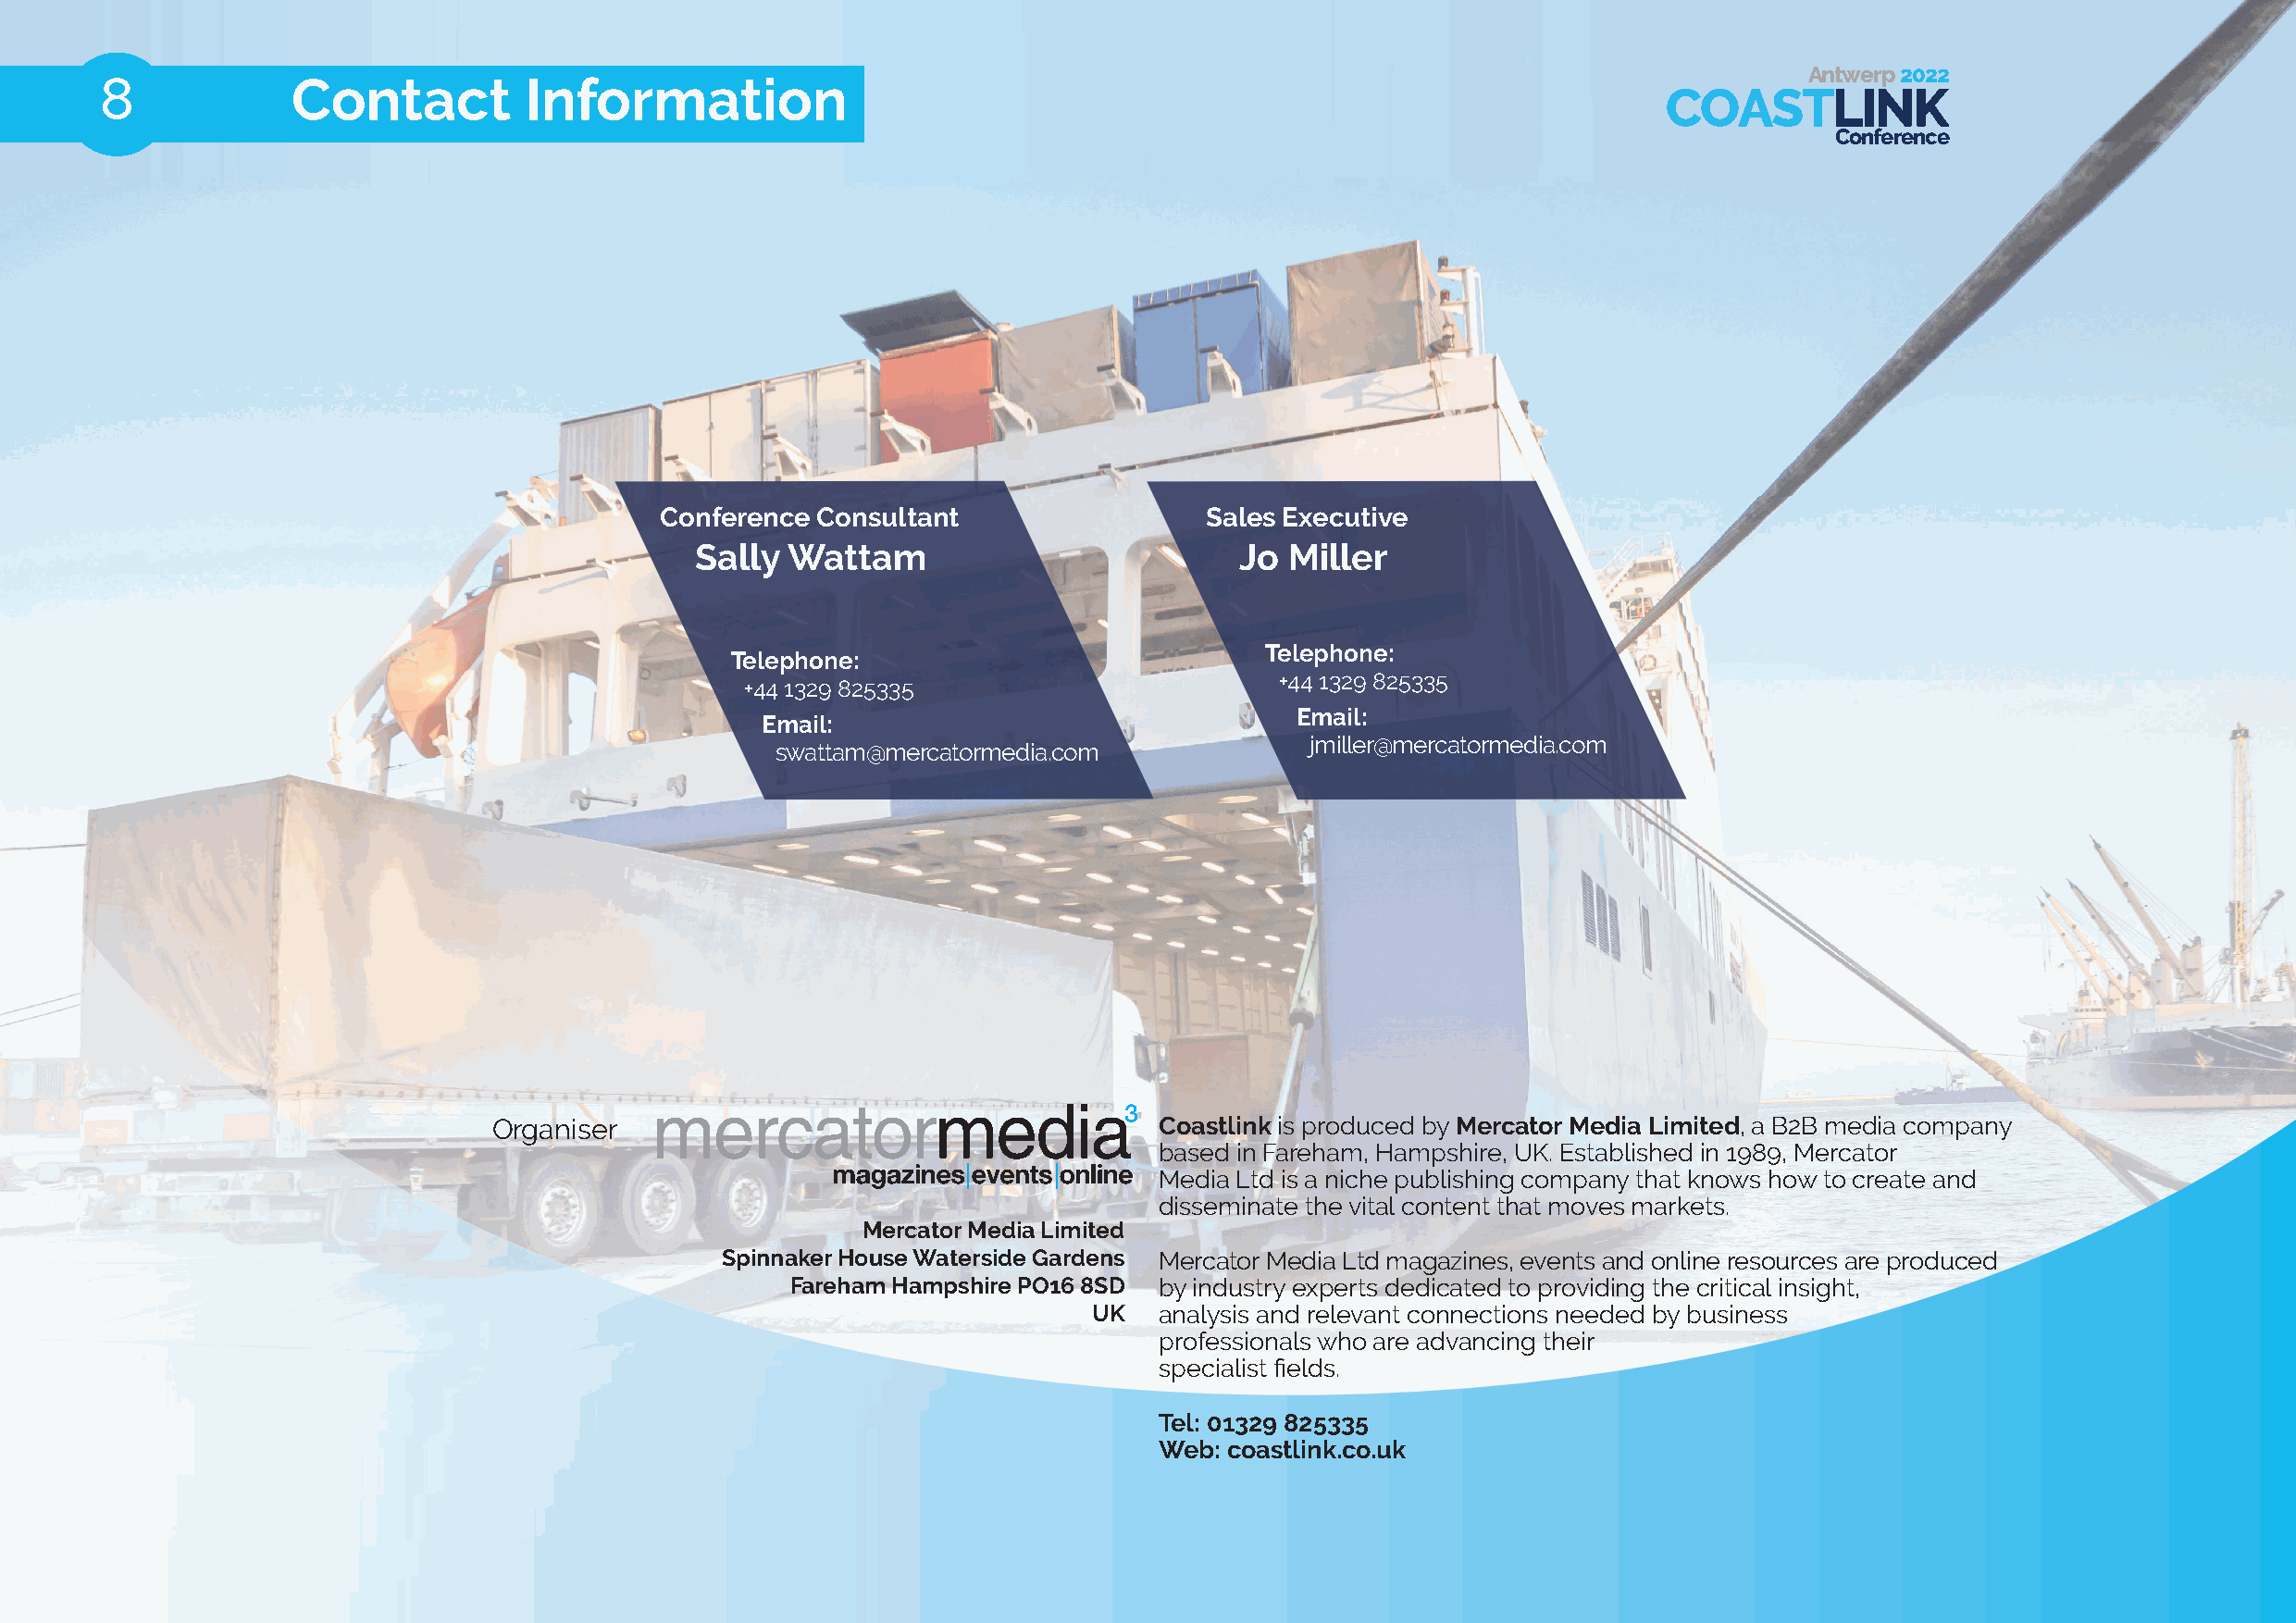
Antwerp 2022
 8             Contact          Information
 COASTLINK
 Conference
 Conference Consultant                  Sales Executive
 Sally Wattam                           Jo Miller
 Telephone:
 Telephone:
 +44 1329 825335
 +44 1329 825335
 Email:
 Email:
 jmiller@mercatormedia.com
 swattam@mercatormedia.com
 Organiser                                       Coastlink is produced by Mercator Media Limited, a B2B media company
 based in Fareham, Hampshire, UK. Established in 1989, Mercator
 Media Ltd is a niche publishing company that knows how to create and
 disseminate the vital content that moves markets.
 Mercator Media Limited
 Spinnaker House Waterside Gardens Mercator Media Ltd magazines, events and online resources are produced
 Fareham Hampshire PO16 8SD by industry experts dedicated to providing the critical insight,
 UK   analysis and relevant connections needed by business
 professionals who are advancing their
 specialist fi elds.
 Tel: 01329 825335
 Web: coastlink.co.uk